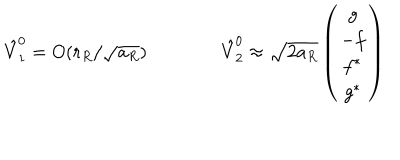
\hat { V } _ { 1 } ^ { 0 } = O ( r _ { R } / \sqrt { a _ { R } } ) \qquad \qquad \hat { V } _ { 2 } ^ { 0 } \approx \sqrt { 2 a _ { R } } \left( \begin{array} { c } { { g } } \\ { { - f } } \\ { { f ^ { * } } } \\ { { g ^ { * } } } \\ \end{array} \right)